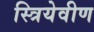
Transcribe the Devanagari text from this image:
स्त्रियेवीण